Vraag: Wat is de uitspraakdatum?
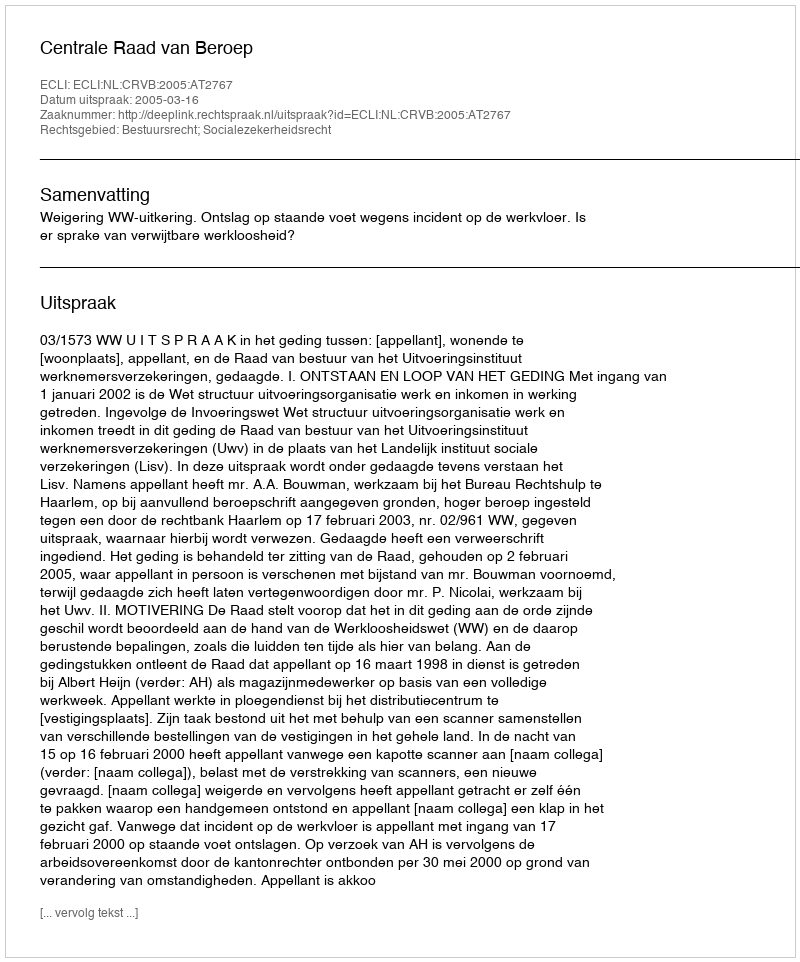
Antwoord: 2005-03-16